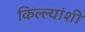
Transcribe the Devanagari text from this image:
किल्ल्यांशी